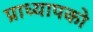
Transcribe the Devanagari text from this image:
प्राध्यापको